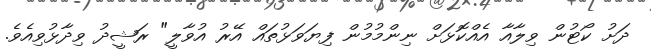
ދަށު ކޯޓުން ވިލާއާ އެއްކޮޅަށް ނިންމުމުން ފިޔަވަޅުތައް އޭރު އުވާލީ" ރަޝީދު ވިދާޅުވިއެވެ.